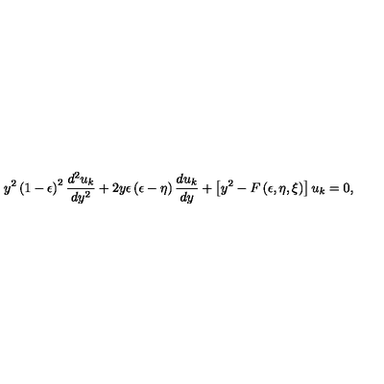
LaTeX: y ^ { 2 } \left( 1 - \epsilon \right) ^ { 2 } { \frac { d ^ { 2 } u _ { k } } { d y ^ { 2 } } } + 2 y \epsilon \left( \epsilon - \eta \right) { \frac { d u _ { k } } { d y } } + \left[ y ^ { 2 } - F \left( \epsilon , \eta , \xi \right) \right] u _ { k } = 0 ,